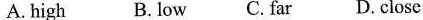
A.high B. Low C. Far D. Close